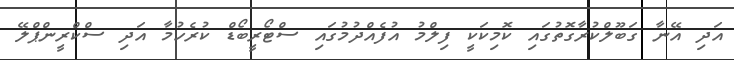
އަދި އޭނާ ގަބޫލްކުރާގޮތުގައި ކޮމިކަކީ ފިލްމު އުފެއްދުމުގައި ސްޓޯރީބޯޑް ކުރެހުމާ އަދި ސްކްރީންޕްލޭ